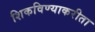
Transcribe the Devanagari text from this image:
शिकविण्याकरीता